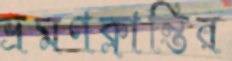
ভ্রমণক্লান্তির